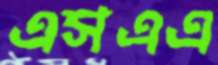
এসএএ